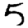
Digit: 5